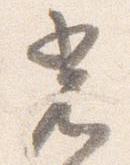
光